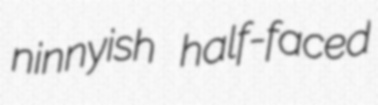
ninnyish half-faced